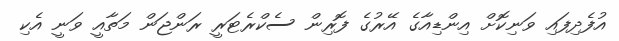
އުފެދިފައި ވަނިކޮށް އިންޑިއާގެ އޭރުގެ ފޮރިން ސެކްރެޓަރީ ރަންޖަން މަތާއީ ވަނީ އެކި